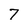
Character: 7